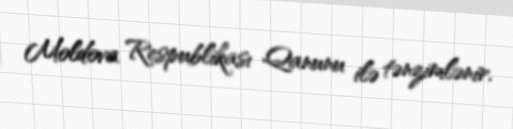
Moldova Respublikası Qanunu ilə tənzimlənir.